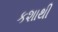
કશાથી